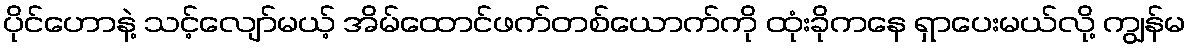
ပိုင်ဟောနဲ့ သင့်လျော်မယ့် အိမ်ထောင်ဖက်တစ်ယောက်ကို ထုံးခိုကနေ ရှာပေးမယ်လို့ ကျွန်မ